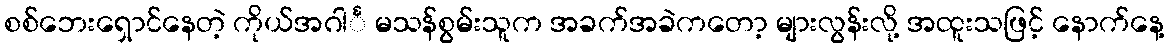
စစ်ဘေးရှောင်နေတဲ့ ကိုယ်အဂါင်္ မသန်စွမ်းသူက အခက်အခဲကတော့ များလွန်းလို့ အထူးသဖြင့် နောက်နေ့